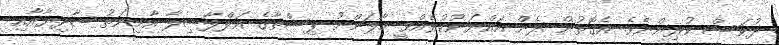
ދުވަސް ކުރިންނެވެ. އެގޮތުން ދެން އައްޔަނުކުރެއްވީ މާފަންނު ޕިސްތާގެ އަލްފާޟިލާ އާމިނަތު ޝާދިޔާއާއި